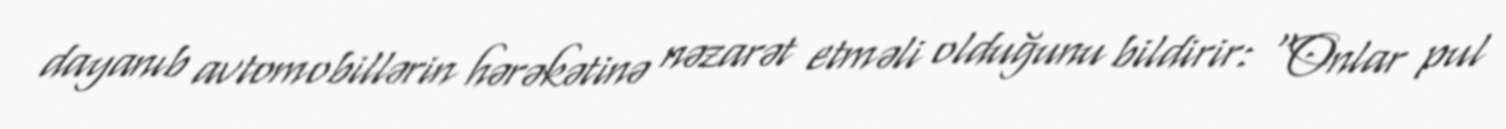
dayanıb avtomobillərin hərəkətinə nəzarət etməli olduğunu bildirir: “Onlar pul